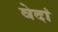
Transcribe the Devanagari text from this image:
वेदां